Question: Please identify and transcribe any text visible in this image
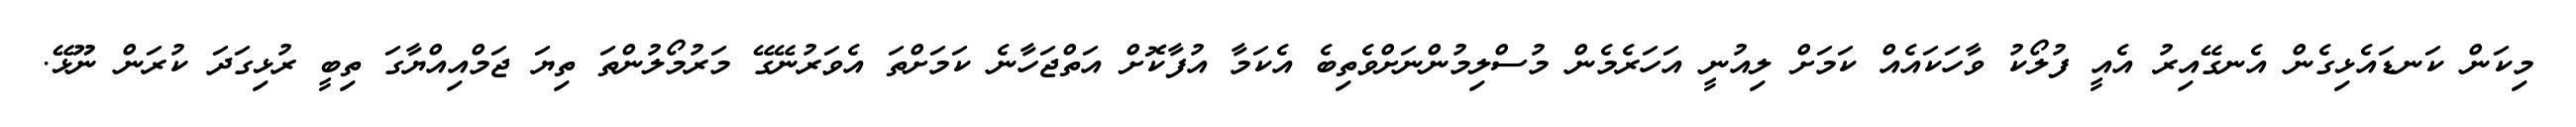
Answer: މިކަން ކަނޑައެޅިގެން އެނގޭއިރު އެއީ ފުލޯކު ވާހަކައެއް ކަމަށް ލިއުނީ އަހަރެމެން މުސްލިމުންނަށްވެތިބެ އެކަމާ އުފާކޮށް އަތްޖަހާނެ ކަމަށްތަ އެވަރުނޭގޭ މަރުމޯލުންތަ ތިޔަ ޖަމްއިއްޔާގަ ތިބީ ރުޅިގަދަ ކުރަން ނޫޅޭ.